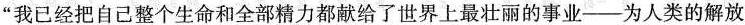
”我已经把自己整个生命和全部精力都献给了世界上最壮丽的事业——为人类的解放